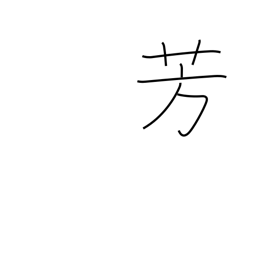
Meaning: balmy